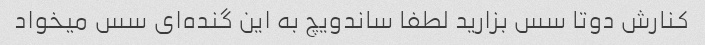
کنارش دوتا سس بزارید لطفا ساندویچ به این گنده‌ای سس میخواد